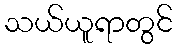
သယ်ယူရာတွင်